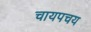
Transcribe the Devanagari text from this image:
चायपचय